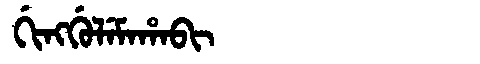
Manchu: ᡤᡳᠩᡤᡠᠯᡝᠮᠠᡥᠠᠪᡳ
Romanization: GINGGULEMAHABI